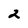
Character: 2